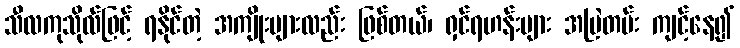
သီလကုသိုလ်ဖြင့် ရနိုင်တဲ့ အကျိုးများလည်း ဖြစ်တယ်၊ ရှင်ရဟန်းများ အမြဲတမ်း ကျင့်နေ၍